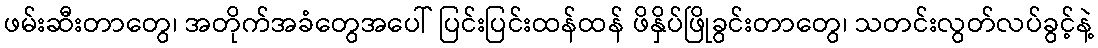
ဖမ်းဆီးတာတွေ၊ အတိုက်အခံတွေအပေါ် ပြင်းပြင်းထန်ထန် ဖိနှိပ်ဖြိုခွင်းတာတွေ၊ သတင်းလွတ်လပ်ခွင့်နဲ့